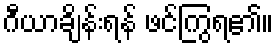
ဂီယာချိန်းရန် ဖင်ကြွရ၏။